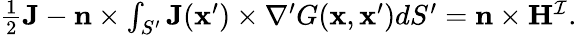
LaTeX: \begin{array}{r}{\frac{1}{2}\mathbf{J}-\mathbf{n}\times\int_{S^{\prime}}\mathbf{J}(\mathbf{x}^{\prime})\times\nabla^{\prime}G(\mathbf{x},\mathbf{x}^{\prime})dS^{\prime}=\mathbf{n}\times\mathbf{H}^{\mathcal{I}}.}\end{array}